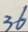
3 6